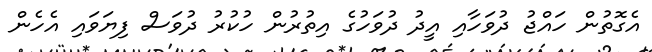
އެގޮތުން ހައްޖު ދުވަހާއި އީދު ދުވަހުގެ އިތުރުން ހުކުރު ދުވަސް ފިޔަވައި އެހެން